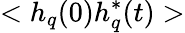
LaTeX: <h_{q}(0)h_{q}^{*}(t)>